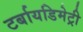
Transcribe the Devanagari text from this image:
टर्बायडिमेट्री